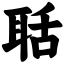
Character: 聒